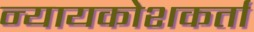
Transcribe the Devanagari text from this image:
न्यायकोशकर्ता